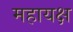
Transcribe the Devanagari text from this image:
महायक्ष